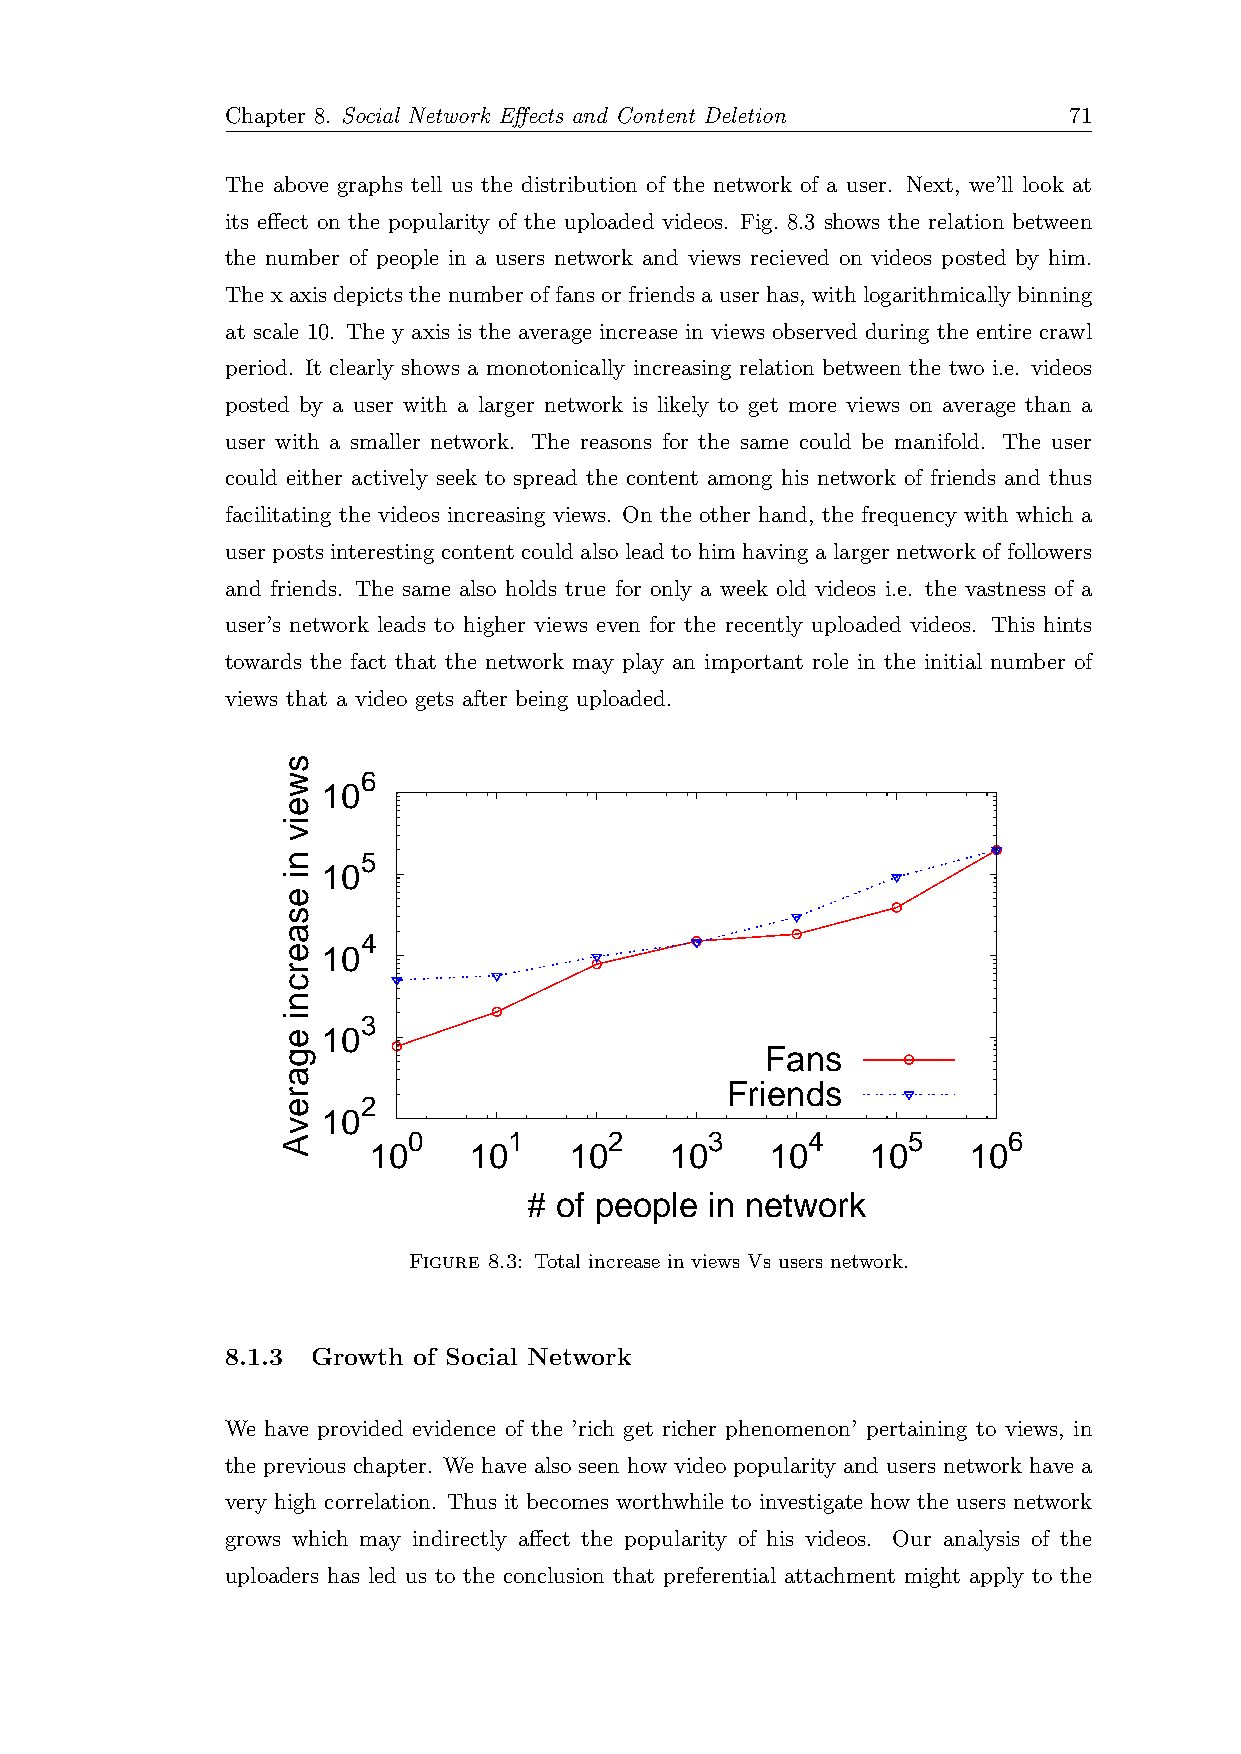
Chapter 8. Social Network Effects and Content Deletion  71
 The above graphs tell us the distribution of the network of a user. Next, we’ll look at
 its effect on the popularity of the uploaded videos. Fig. 8.3 shows the relation between
 the number of people in a users network and views recieved on videos posted by him.
 The x axis depicts the number of fans or friends a user has, with logarithmically binning
 at scale 10. The y axis is the average increase in views observed during the entire crawl
 period. It clearly shows a monotonically increasing relation between the two i.e. videos
 posted by a user with a larger network is likely to get more views on average than a
 user with a smaller network. The reasons for the same could be manifold. The user
 could either actively seek to spread the content among his network of friends and thus
 facilitating the videos increasing views. On the other hand, the frequency with which a
 user posts interesting content could also lead to him having a larger network of followers
 and friends. The same also holds true for only a week old videos i.e. the vastness of a
 user’s network leads to higher views even for the recently uploaded videos. This hints
 towards the fact that the network may play an important role in the initial number of
 views that a video gets after being uploaded.
 6
 10
 5
 10
 4
 10
 3
 10
 Fans
 Friends
 2
 10
 0      1     2      3     4      5      6
 10     10     10    10     10     10    10
 # of people in network
 Figure 8.3: Total increase in views Vs users network.
 8.1.3 Growth of Social Network
 We have provided evidence of the ’rich get richer phenomenon’ pertaining to views, in
 the previous chapter. We have also seen how video popularity and users network have a
 very high correlation. Thus it becomes worthwhile to investigate how the users network
 grows which may indirectly affect the popularity of his videos. Our analysis of the
 uploaders has led us to the conclusion that preferential attachment might apply to the
 sweiv
 ni
 esaercni
 egarevA